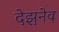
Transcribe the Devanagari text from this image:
देझ़नेव